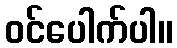
ဝင်ပေါက်ပါ။